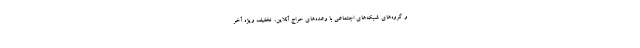
و گروه‌های شبکه‌های اجتماعی با وعده‌های حراج آنلاین، تخفیف ویژه آخر